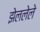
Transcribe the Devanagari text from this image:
झेललेले